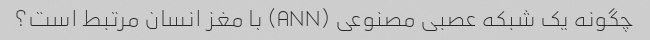
چگونه یک شبکه عصبی مصنوعی (ANN) با مغز انسان مرتبط است؟